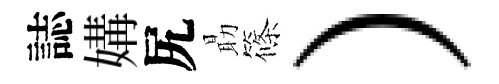
誌媾尻朂篠）